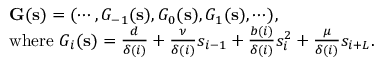
\begin{array} { r l } & { \mathbf { G } ( \mathbf { s } ) = ( \cdots , G _ { - 1 } ( \mathbf { s } ) , G _ { 0 } ( \mathbf { s } ) , G _ { 1 } ( \mathbf { s } ) , \cdots ) , } \\ & { \mathrm { w h e r e ~ } G _ { i } ( \mathbf { s } ) = \frac { d } { \delta ( i ) } + \frac { \nu } { \delta ( i ) } s _ { i - 1 } + \frac { b ( i ) } { \delta ( i ) } s _ { i } ^ { 2 } + \frac { \mu } { \delta ( i ) } s _ { i + L } . } \end{array}